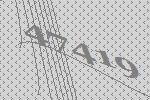
47419